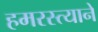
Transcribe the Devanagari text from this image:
हमरस्त्याने